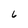
Character: 6